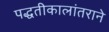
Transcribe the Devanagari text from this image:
पद्धतीकालांतराने